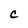
Character: C